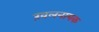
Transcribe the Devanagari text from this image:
ख़लनायक